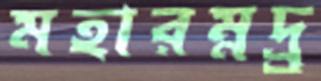
মহারম্নদ্র্র্র